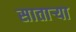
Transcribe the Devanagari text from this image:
सातार्‍या